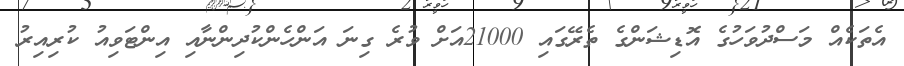
އެތަކެއް މަސްދުވަހުގެ އޮޑިޝަންގެ ތެރޭގައި 21000އަށް ވުރެ ގިނަ އަންހެންކުދިންނާއި އިންޓަވިއު ކުރިއިރު